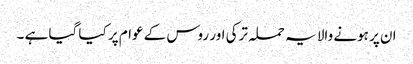
ان پر ہونے والا یہ حملہ ترکی اور روس کے عوام پر کیا گیا ہے ۔